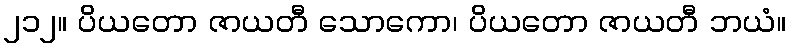
၂၁၂။ ပိယတော ဇာယတီ သောကော၊ ပိယတော ဇာယတီ ဘယံ။